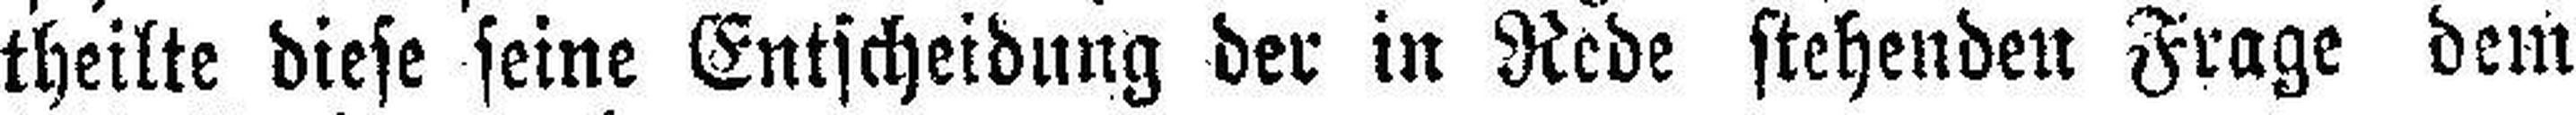
theilte diese seine Entscheidung der in Rede stehenden Frage dem